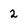
Character: 2